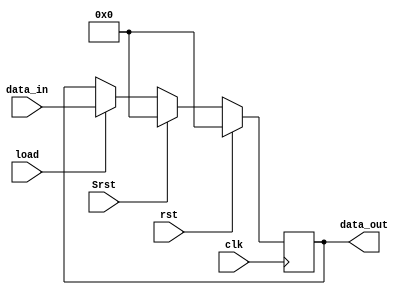
`timescale 1ns / 1ps

//////////////////////////////////////////////////////////////////////////////////


module SPIPO(data_out,
             clk,
             data_in,
             load,
             rst,
             Srst);
parameter n=16, // multiplicand width size 
          m=16; // mulitplier width size 
output reg[m-1:0] data_out;
input[m-1:0] data_in;
input clk,
      rst,
      load,
      Srst;           
always @(posedge clk)
begin
 if(rst)
  data_out<=16'b0;
 else if(Srst)
  data_out<=16'b0;
 else if(load)
  data_out<=data_in;
 else
  data_out<=data_out;
end          
endmodule